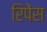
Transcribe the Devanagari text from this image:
रिपेंस